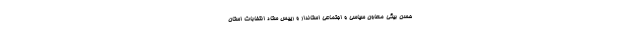
حسن بیگی معاون سیاسی و اجتماعی استاندار و رییس ستاد انتخابات استان